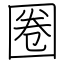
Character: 圈